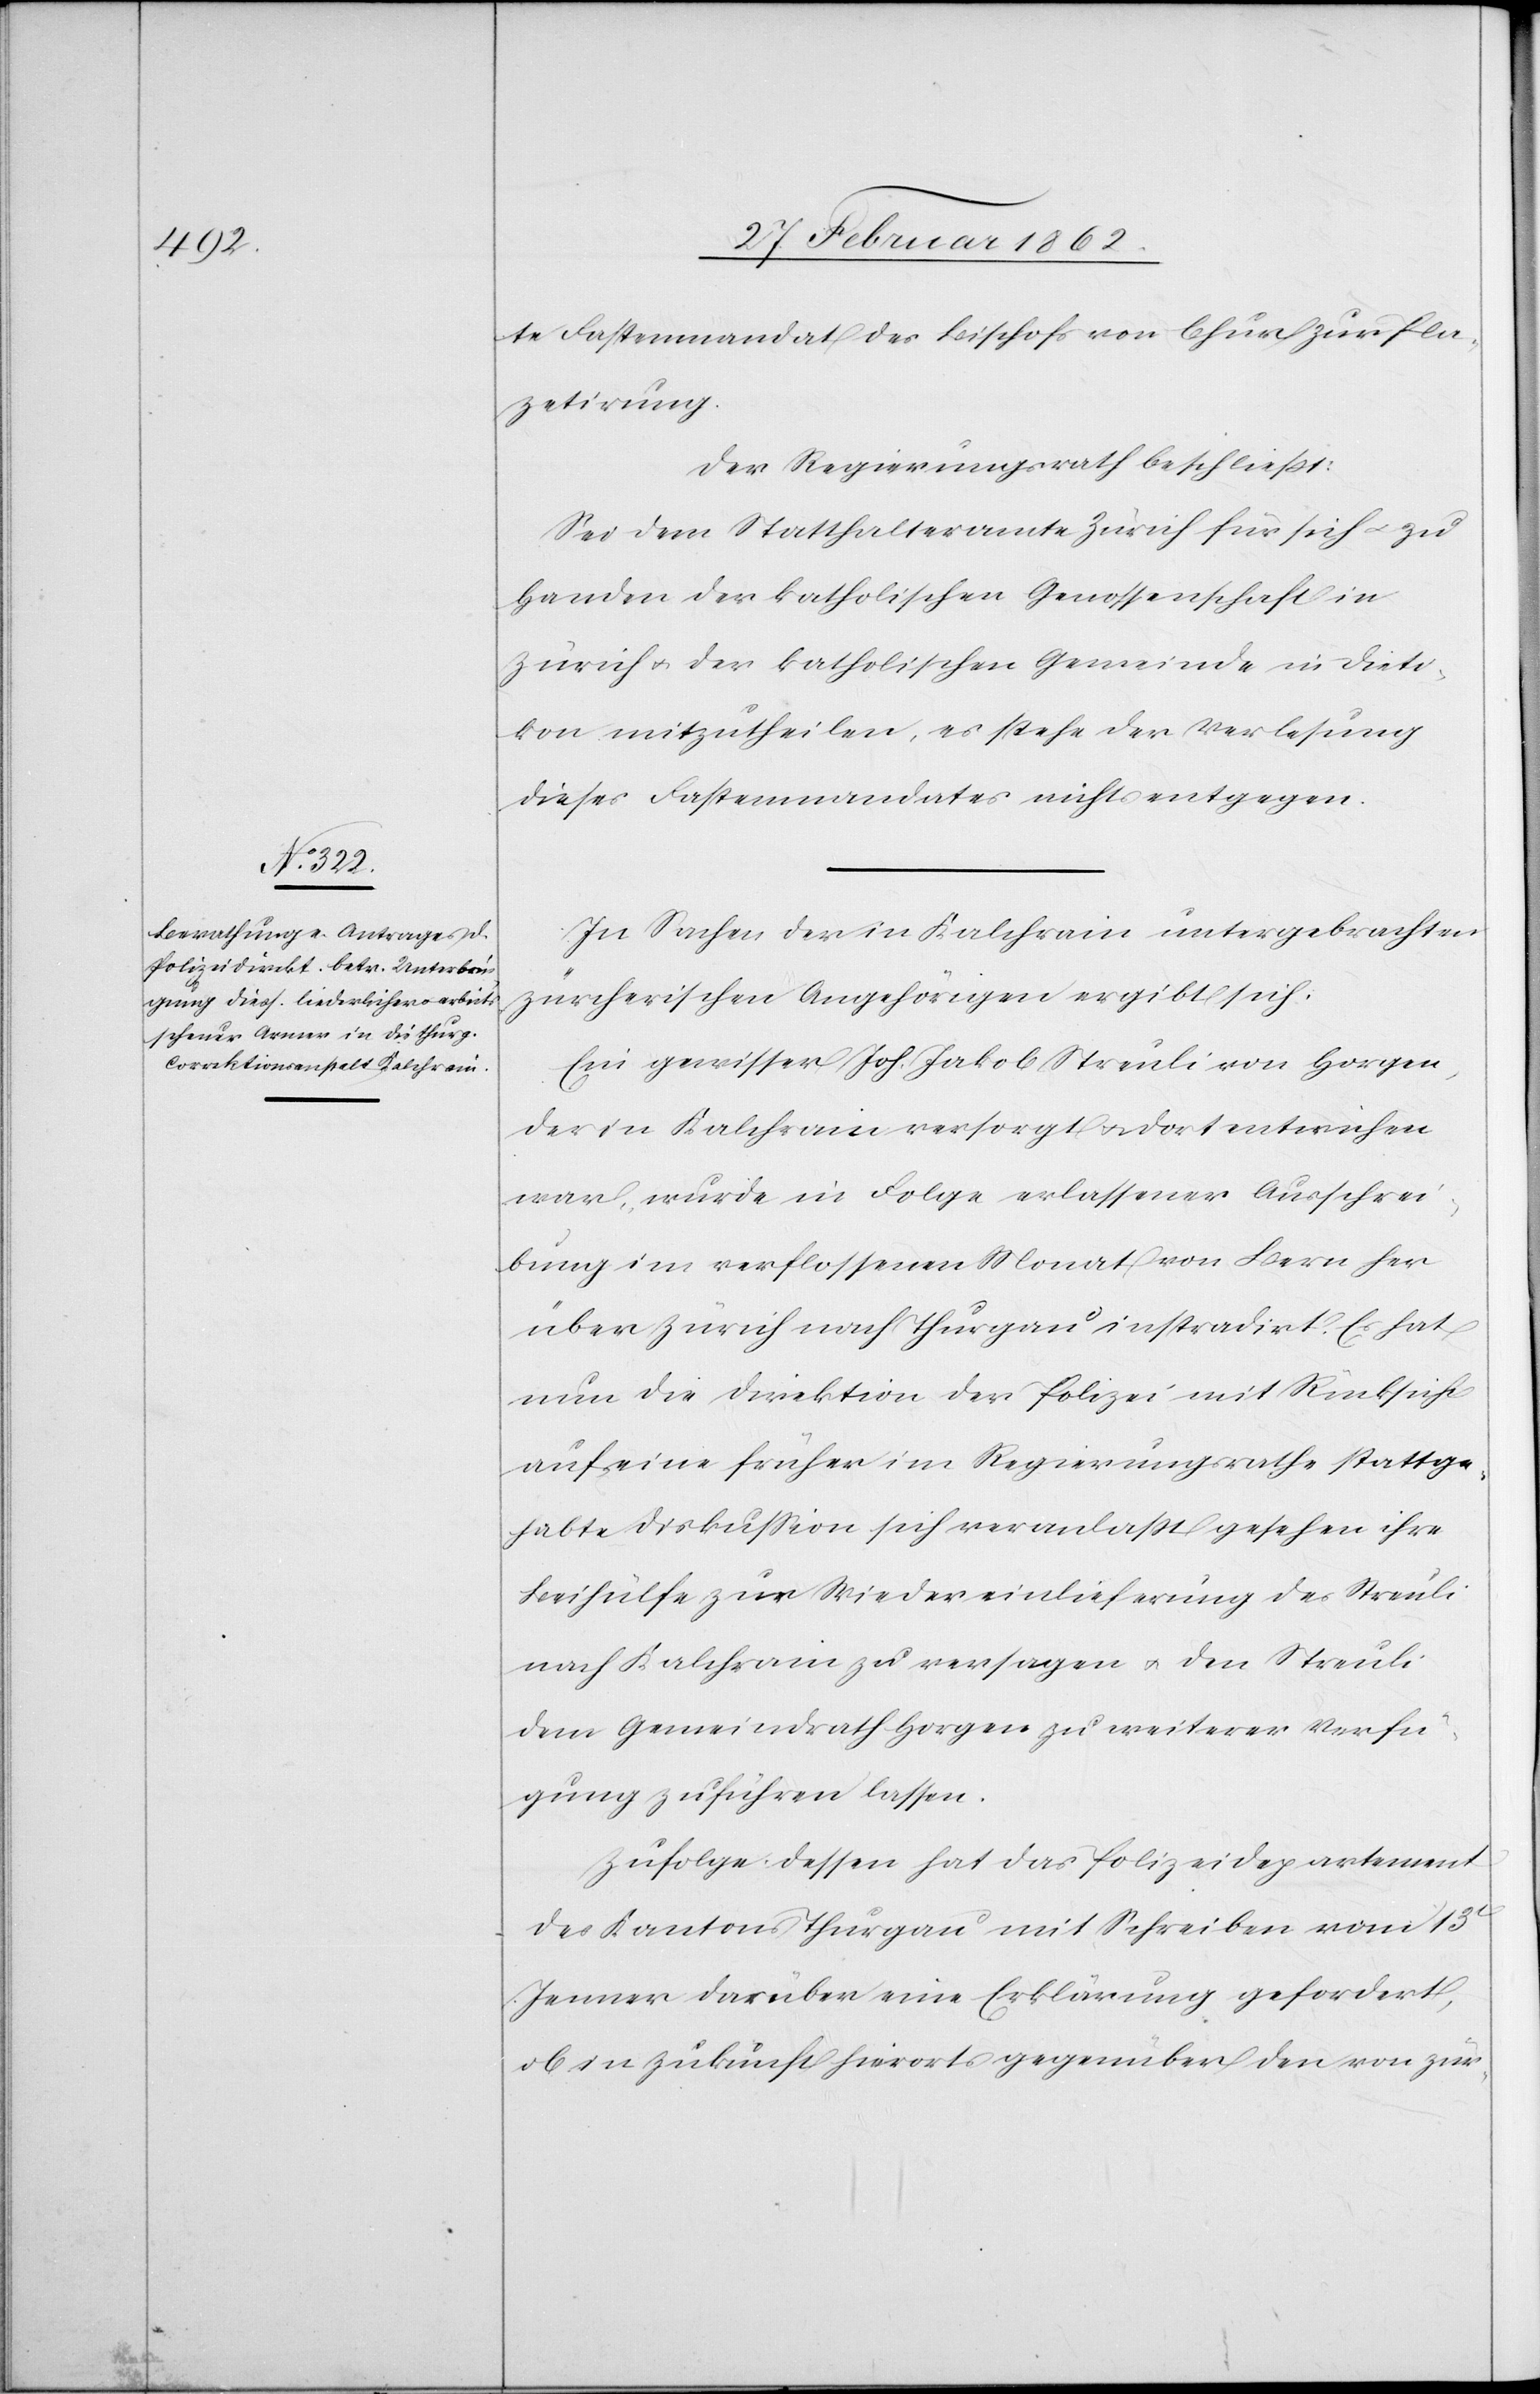
te Fastenmandat des Bischofs von Chur zur Pla¬
zetirung.
Der Regierungsrath beschließt:
Sei dem Statthalteramte Zürich für sich u. zu
Handen der katholischen Genossenschaft in
Zürich u. der katholischen Gemeinde in Dieti¬
kon mitzutheilen, es stehe der Verlesung
dieses Fastenmandates nichts entgegen.
In Sachen der in Kalchrain untergebrachten
zürcherischen Angehörigen ergibt sich:
Ein gewisser Joh. Jakob Streuli von Horgen,
der in Kalchrain versorgt u. dort entwichen
war, wurde in Folge erlassener Ausschrei¬
bung im verflossenen Monat von Bern her
über Zürich nach Thurgau instradirt. Es hat
nun die Direktion der Polizei mit Rücksicht
auf eine früher im Regierungsrathe stattge¬
habte Diskußion sich veranlaßt gesehen ihre
Beihülfe zur Wiedereinlieferung des Streuli
nach Kalchrain zu versagen u. den Streuli
dem Gemeindrath Horgen zu weiterer Verfü¬
gung zuführen zu lassen.
Zufolge dessen hat das Polizeidepartement
des Kantons Thurgau mit Schreiben vom 13t
Jenner darüber eine Erklärung gefordert,
ob in Zukunft hierorts gegenüber den von zür-